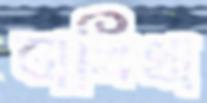
বালিথা